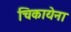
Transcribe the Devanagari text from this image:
चिकायेना